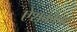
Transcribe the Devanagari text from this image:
ऐशक्रोफ्ट